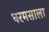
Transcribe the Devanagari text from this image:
धरमसाला